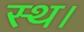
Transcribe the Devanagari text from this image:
स्थ।